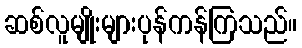
ဆစ်လူမျိုးများပုန်ကန်ကြသည်။